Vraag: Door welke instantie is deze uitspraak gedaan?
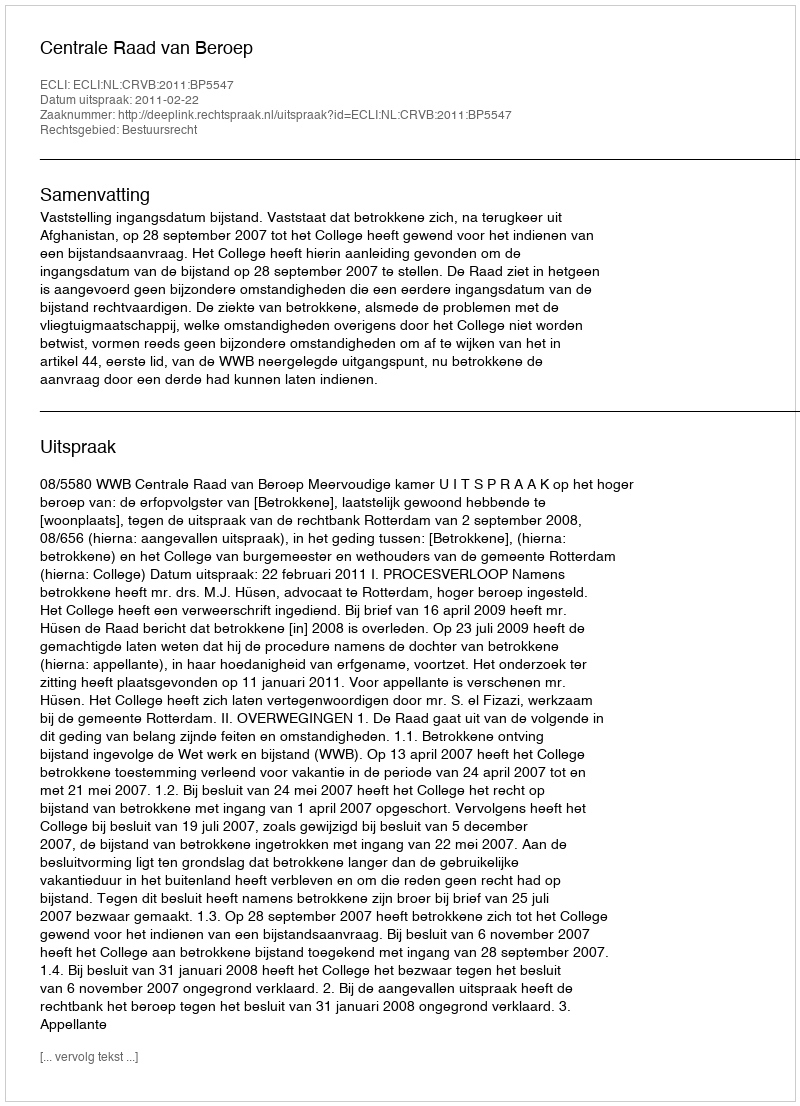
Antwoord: Centrale Raad van Beroep